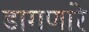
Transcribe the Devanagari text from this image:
डागणारे